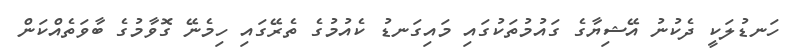
ހަނޑުލަކީ ދެކުނު އޭޝިޔާގެ ގައުމުތަކުގައި މައިގަނޑު ކެއުމުގެ ތެރޭގައި ހިމެނޭ ގޮވާމުގެ ބާވަތެއްކަން